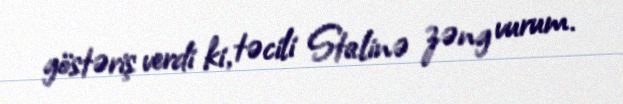
göstəriş verdi ki, təcili Stalinə zəng vurum.